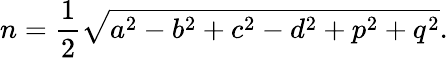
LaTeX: n={\frac{1}{2}}{\sqrt{a^{2}-b^{2}+c^{2}-d^{2}+p^{2}+q^{2}}}.